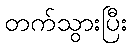
တက်သွားပြီး